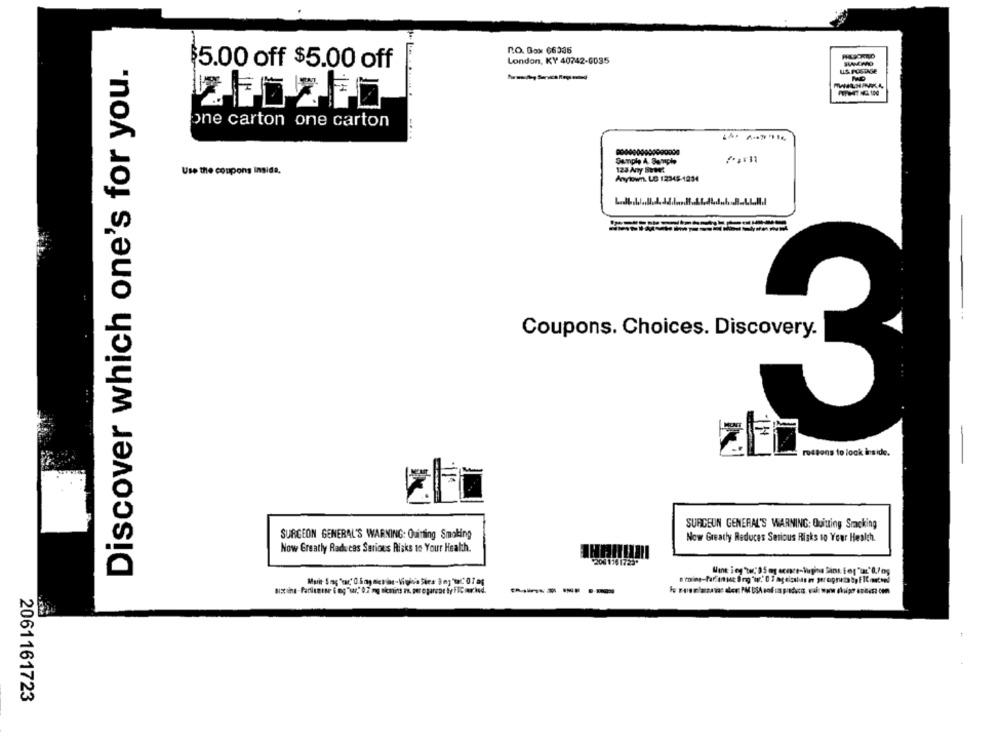
R.O. Box 66335
London, KY 40742-6035
Discover which one's for you.
$5.00 off $5.00 off
US. POSTAGE
one carton one carton
Use the coupons inside.
124 Ay SEM?
Anytown. UG 12345-1234
Coupons. Choices. Discovery-
rossons to look inside.
SURGEON GENERAL'S WARNING: Quitting Sracking
SURGEON GENERAL'S WARNING: Quitting Smoking
Now Greatly Reduces Serious Risks to Your Health.
Now Greatly Raducas Serious Risks to Your Health.
2001101725-
------
2061161723